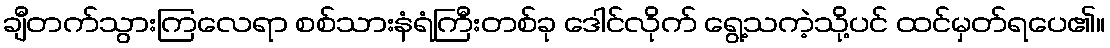
ချီတက်သွားကြလေရာ စစ်သားနံရံကြီးတစ်ခု ဒေါင်လိုက် ရွေ့သကဲ့သို့ပင် ထင်မှတ်ရပေ၏။